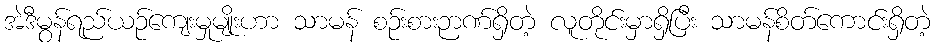
အဲဒီမွန်ရည်ယဉ်ကျေးမှုမျိုးဟာ သာမန် စဉ်းစားဉာဏ်ရှိတဲ့ လူတိုင်းမှာရှိပြီး သာမန်စိတ်ကောင်းရှိတဲ့